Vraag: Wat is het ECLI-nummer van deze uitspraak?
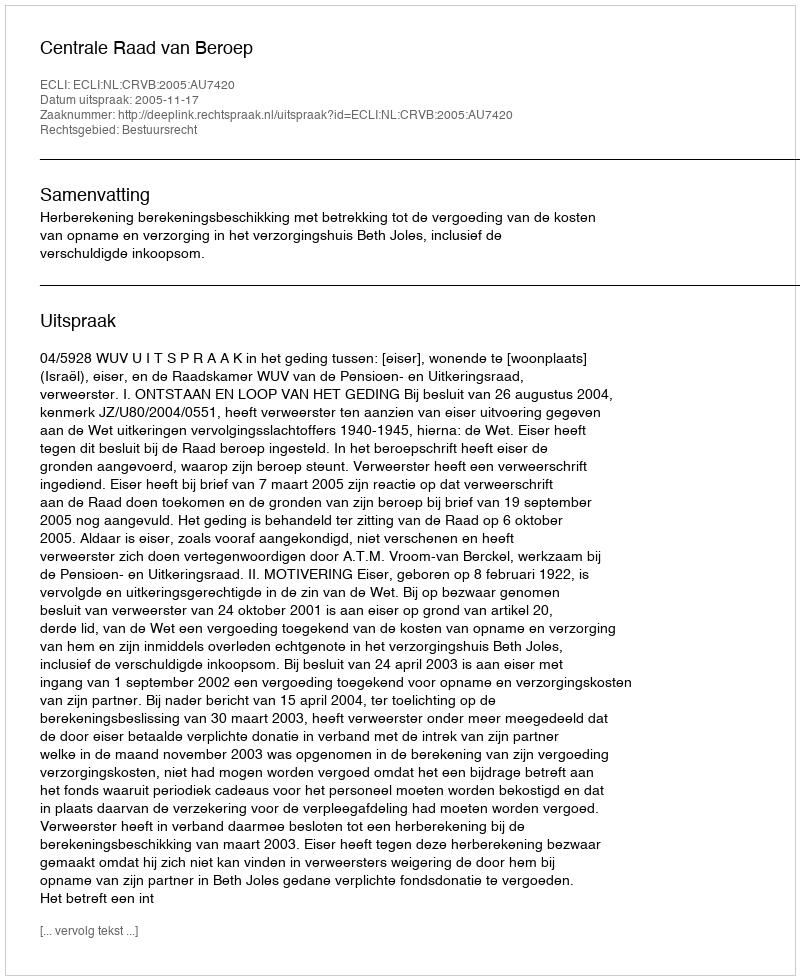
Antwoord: ECLI:NL:CRVB:2005:AU7420